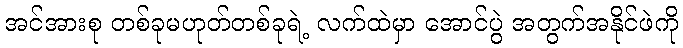
အင်အားစု တစ်ခုမဟုတ်တစ်ခုရဲ့ လက်ထဲမှာ အောင်ပွဲ အတွက်အနိုင်ဖဲကို